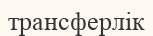
трансферлік